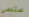
ستنسى